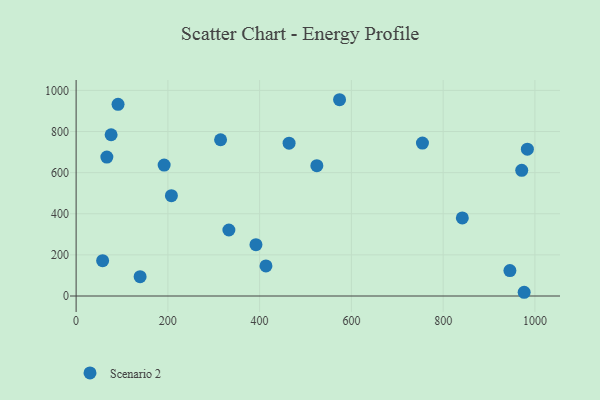
{"axis": {"x": "Study Hours", "y": "Fuel Efficiency"}, "legend": ["Scenario 2"], "data": [{"x": "314.9", "y": 760.1, "type": "Scenario 2"}, {"x": "67.0", "y": 675.9, "type": "Scenario 2"}, {"x": "207.7", "y": 488.2, "type": "Scenario 2"}, {"x": "57.8", "y": 172.0, "type": "Scenario 2"}, {"x": "754.9", "y": 743.8, "type": "Scenario 2"}, {"x": "139.5", "y": 94.0, "type": "Scenario 2"}, {"x": "971.3", "y": 611.3, "type": "Scenario 2"}, {"x": "392.0", "y": 249.4, "type": "Scenario 2"}, {"x": "976.6", "y": 18.1, "type": "Scenario 2"}, {"x": "333.0", "y": 321.1, "type": "Scenario 2"}, {"x": "574.2", "y": 954.7, "type": "Scenario 2"}, {"x": "91.4", "y": 932.2, "type": "Scenario 2"}, {"x": "524.7", "y": 633.9, "type": "Scenario 2"}, {"x": "464.2", "y": 743.5, "type": "Scenario 2"}, {"x": "191.9", "y": 636.9, "type": "Scenario 2"}, {"x": "983.6", "y": 714.3, "type": "Scenario 2"}, {"x": "841.8", "y": 379.7, "type": "Scenario 2"}, {"x": "76.3", "y": 784.4, "type": "Scenario 2"}, {"x": "413.8", "y": 146.3, "type": "Scenario 2"}, {"x": "945.5", "y": 123.5, "type": "Scenario 2"}]}